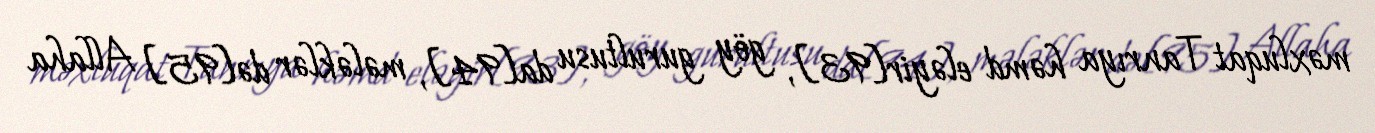
məxluqat Tanrıya həmd eləyir[93], göy gurultusu da[94], mələklər də[95] Allaha